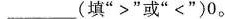
___(填“>”或”<”)0。